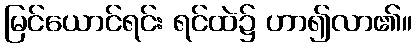
မြင်ယောင်ရင်း ရင်ထဲ၌ ဟာ၍လာ၏။